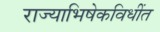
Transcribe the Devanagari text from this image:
राज्याभिषेकविधींत